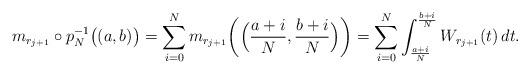
LaTeX: \begin{align*}m_{r_{j+1}} \circ p_N^{-1}\big((a,b)\big) = \sum^N_{i=0} m_{r_{j+1}}\bigg(\Big(\frac{a+i}{N}, \frac{b+i}{N}\Big)\bigg) = \sum^N_{i=0} \int_{\frac{a+i}{N}}^{\frac{b+i}{N}} W_{r_{j+1}}(t)\,dt.\end{align*}